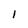
Character: 1